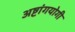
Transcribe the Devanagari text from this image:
अष्टांगयोगी